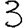
Digit: 3